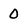
Character: 0